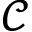
\mathcal { C }